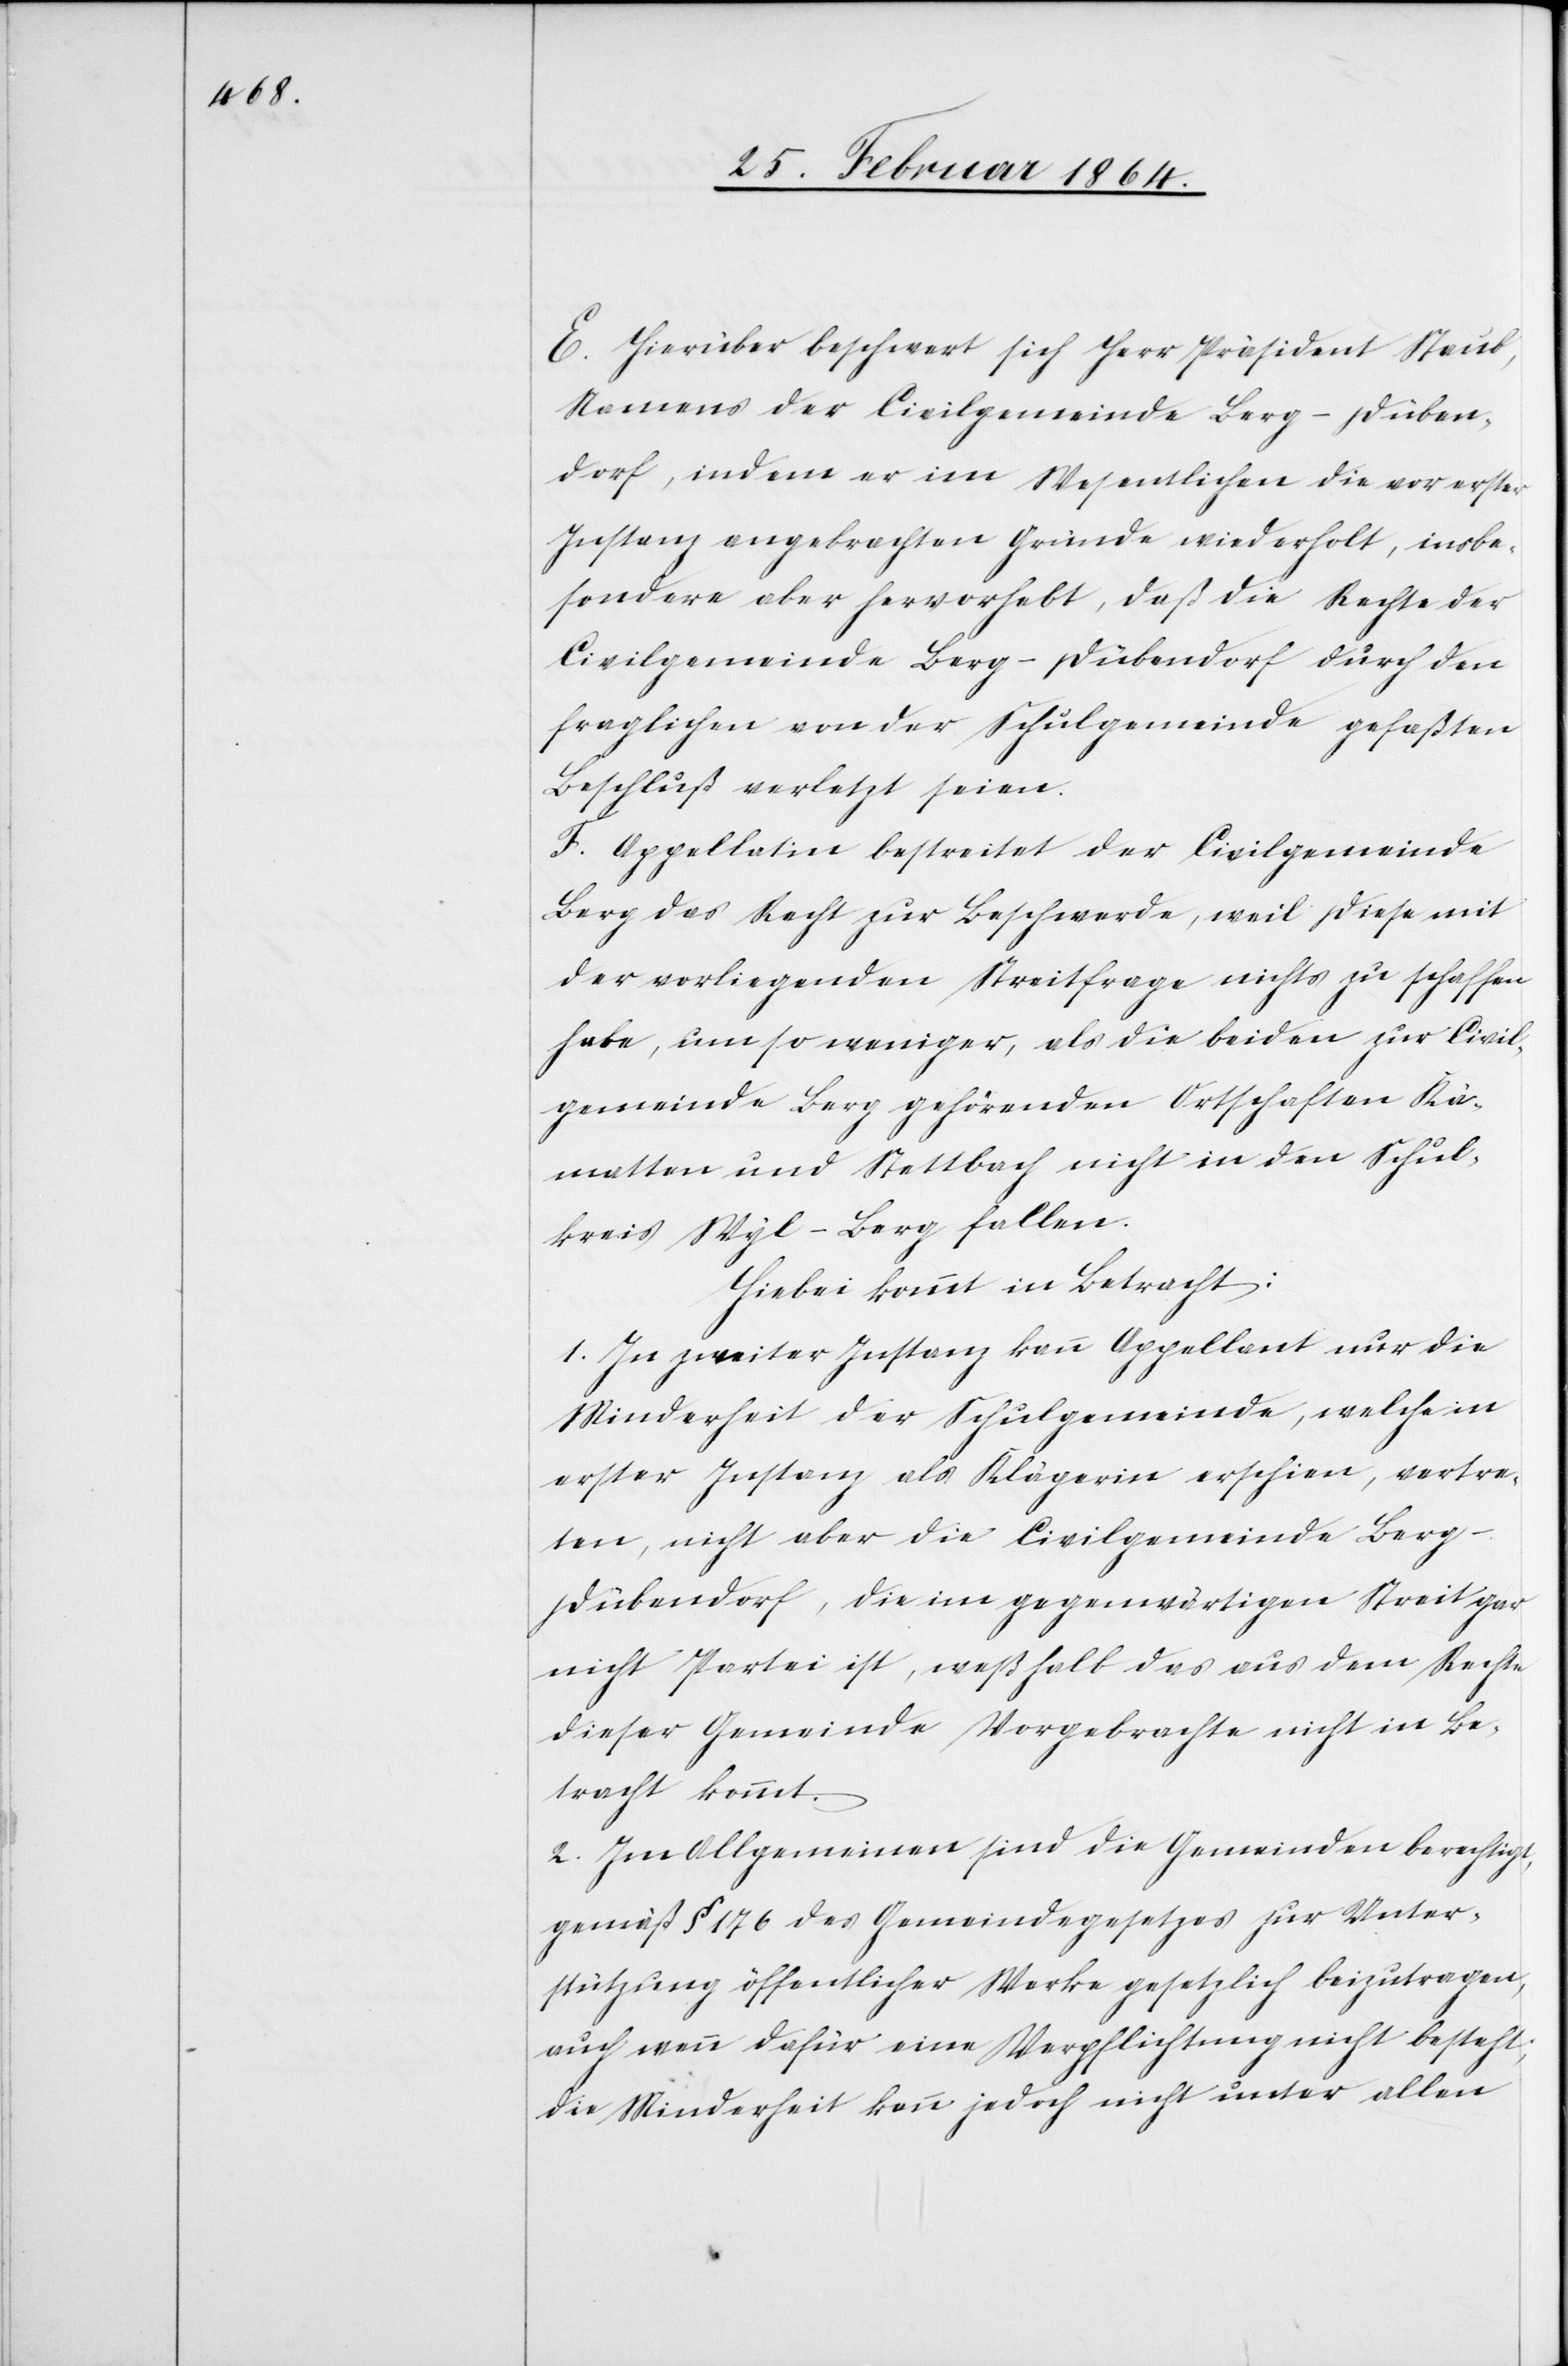
E. Hierüber beschwert sich Herr Präsident Staub,
Namens der Civilgemeinde Berg-Düben¬
dorf, indem er im Wesentlichen die vor erster
Instanz angebrachten Gründe wiederholt, insbe¬
sondere aber hervorhebt, daß die Rechte der
Civilgemeinde Berg-Dübendorf durch den
fraglichen von der Schulgemeinde gefaßten
Beschluß verletzt seien.
F. Appellatin bestreitet der Civilgemeinde
Berg das Recht zu Beschwerde, weil diese mit
der vorliegenden Streitfrage nichts zu schaffen
habe, um so weniger, als die beiden zur Civil¬
gemeinde Berg gehörenden Ortschaften Käch¬
matten und Stettbach nicht in den Schul¬
kreis Wyl-Berg fallen.
Hiebei kommt in Betracht:
1. In zweiter Instanz kann Appellant nur die
Minderheit der Schulgemeinde, welche in
erster Instanz als Klägerin erschien, vertre¬
ten, nicht aber die Civilgemeinde Berg-D¬
übendorf, die im gegenwärtigen Streit gar
nicht Partei ist, weßhalb das aus dem Rechte
dieser Gemeinde Vorgebrachte nicht in Be¬
tracht kommt.
2. Im Allgemeinen sind die Gemeinden berechtigt,
gemäß § 176 des Gemeindegesetzes zur Unter¬
stützung öffentlicher Werke gesetzlich beizutragen,
auch wenn dafür eine Verpflichtung nicht besteht;
die Minderheit kann jedoch nicht unter allen